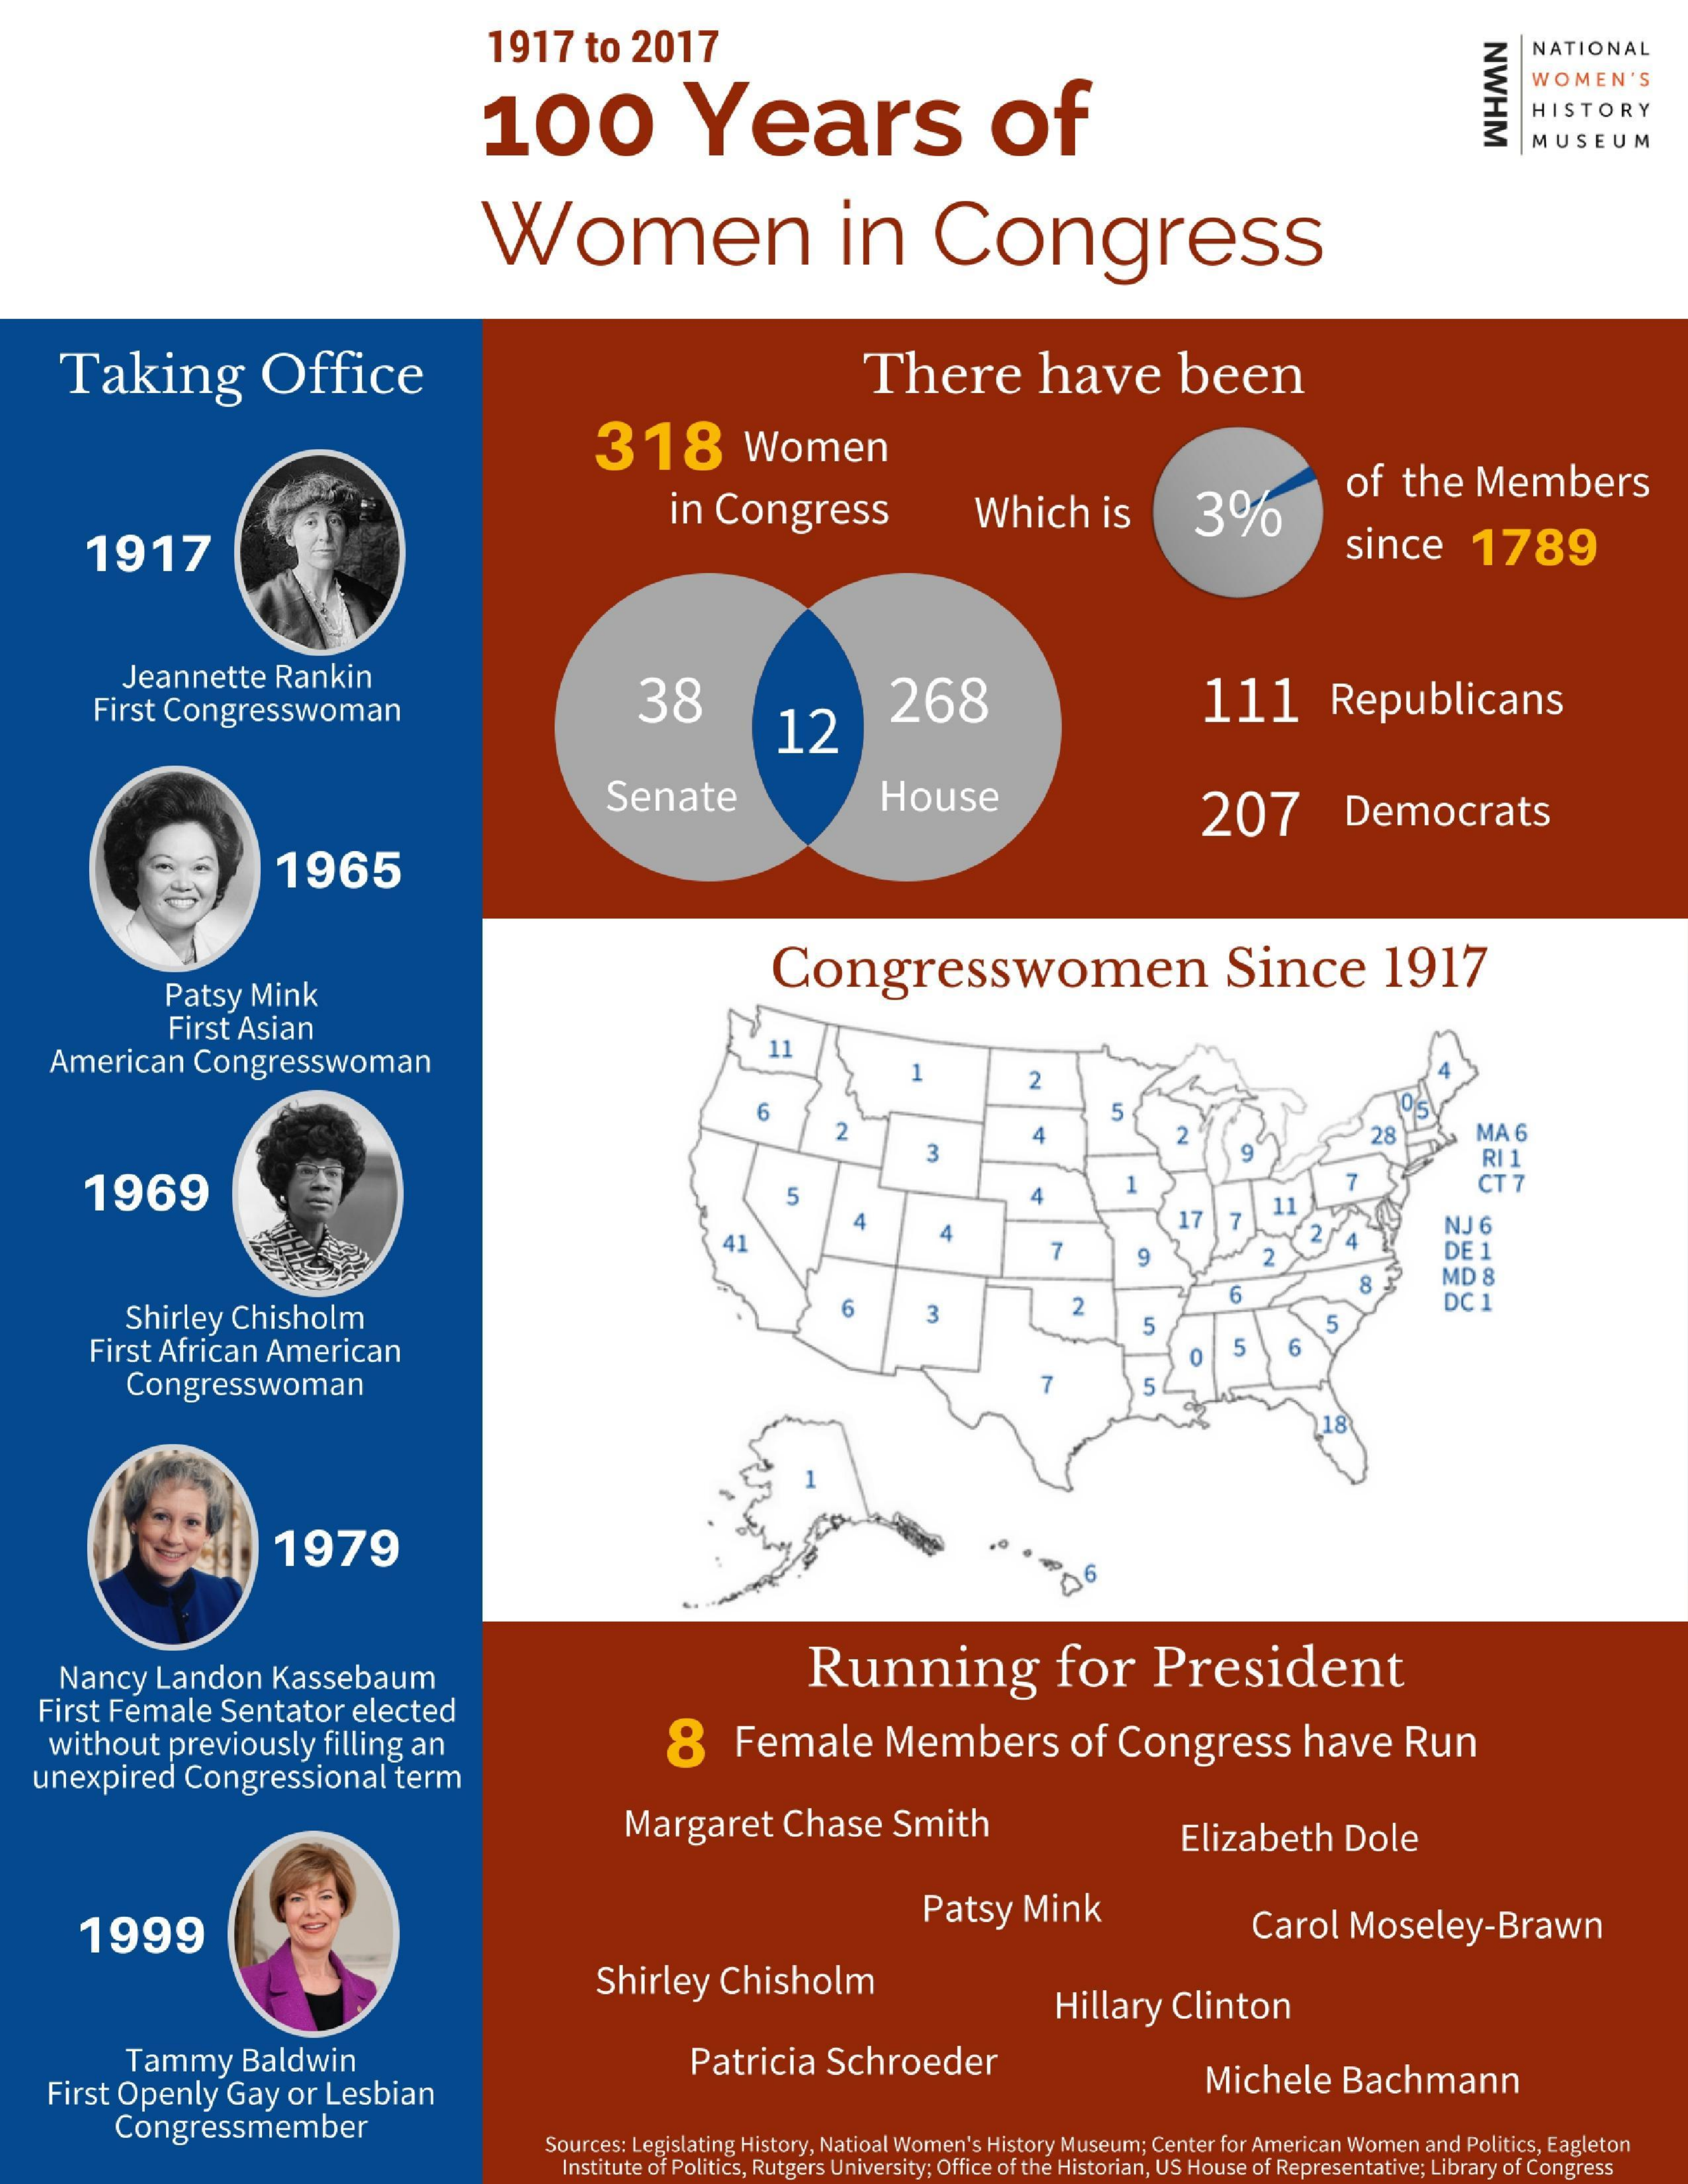
1917    to   2017
     NWHM
     NATIONAL
     100    Years    of
     WOMEN'S
     HISTORY
     MUSEUM
     Women    in    Congress
     Taking    Office    There    have    been
     318    Women
     in  Congress    Which    is    3%
     of   the   Members
     1917    since    1789
     Jeannette    Rankin
     First Congresswoman    38
     12
     268    111    Republicans
     Senate    House    207    Democrats
     1965
     Patsy   Mink
     Congresswomen    Since    1917
     First  Asian
     American    Congresswoman
     11
     2
     6    5
     28    MA  6
     1969
     RI 1
     CT  7 -
     5
     7
     4    NJ 6
     41    DE  1
     MD  8
     DC 1 N
     Shirley   Chisholm
     6
     6
     First African   American
     5    5
     5
     Congresswoman    7    5
     18
     1979
     Nancy   Landon    Kassebaum    Running    for    President
    First Female    Sentator    elected
    without    previously    filling  an    8    Female    Members    of   Congress    have    Run
   unexpired    Congressional    term
     Margaret    Chase    Smith    Elizabeth    Dole
     1999
     Patsy    Mink    Carol    Moseley-Brawn
     Shirley    Chisholm
     Hillary    Clinton
     Tammy    Baldwin
    First  Openly    Gay  or  Lesbian
     Patricia    Schroeder    Michele    Bachmann
     Congressmember
     Sources: Legislating History, Natioal Women's History Museum; Center for American Women and Politics, Eagleton
     Institute of Politics, Rutgers University; Office of the Historian, US House of Representative; Library of Congress